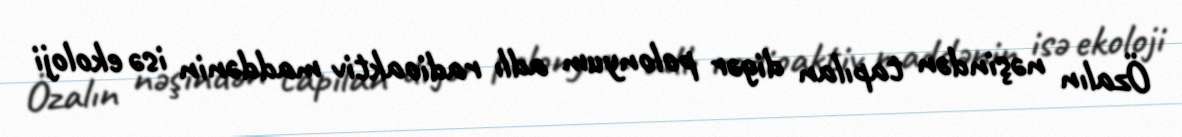
Özalın nəşindən tapılan digər polonyum adlı radioaktiv maddənin isə ekoloji